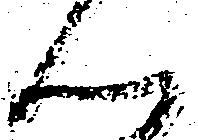
心